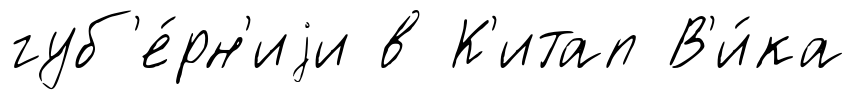
губ'е́рн'иjи в К'итап В'и́ка